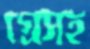
গ্রেসহ